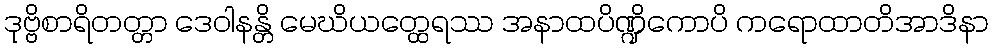
ဒုဗ္ဗိစာရိတတ္တာ ဒေဝါနန္တိ မေဃိယတ္ထေရဿ အနာထပိဏ္ဍိကောပိ ကရောထာတိအာဒိနာ